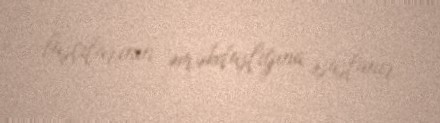
başçılarının əməkdaşlığına əsaslanır.